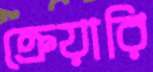
ক্রেয়ারি